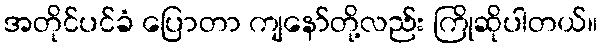
အတိုင်ပင်ခံ ပြောတာ ကျနော်တို့လည်း ကြိုဆိုပါတယ်။